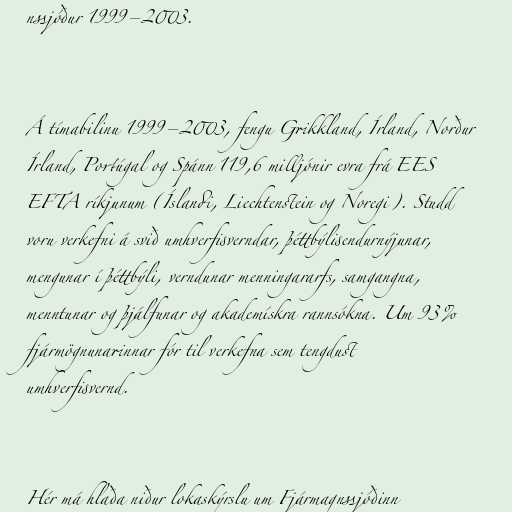
nssjóður 1999–2003.

Á tímabilinu 1999–2003, fengu Grikkland, Írland, Norður
Írland, Portúgal og Spánn 119,6 milljónir evra frá EES
EFTA ríkjunum (Íslandi, Liechtenstein og Noregi). Studd
voru verkefni á svið umhverfisverndar, þéttbýlisendurnýjunar,
mengunar í þéttbýli, verndunar menningararfs, samgangna,
menntunar og þjálfunar og akademískra rannsókna. Um 93%
fjármögnunarinnar fór til verkefna sem tengdust
umhverfisvernd.

Hér má hlaða niður lokaskýrslu um Fjármagnssjóðinn